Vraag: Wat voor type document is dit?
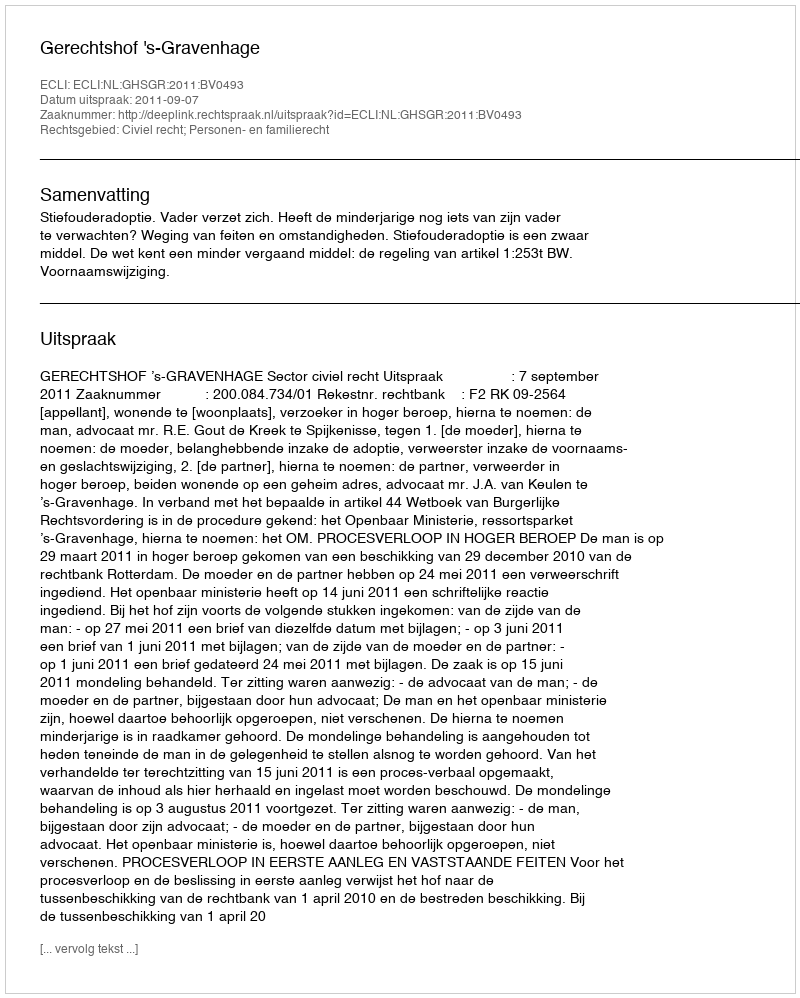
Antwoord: Uitspraak